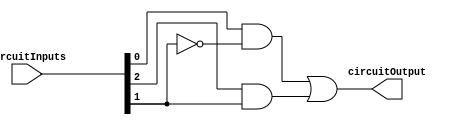
module CombinatorialCircuit2 (circuitOutput, circuitInputs);
  
  parameter M = 3;
  
  output reg circuitOutput;
  input [M - 1 : 0] circuitInputs;
  reg w0, w1, w2;
  
  always  @(circuitInputs or w0 or w1 or w2)  begin
    w0 <= ~ circuitInputs[1];
    w1 <= circuitInputs[0] && w0;
    w2 <= circuitInputs[2] && circuitInputs[1];
    circuitOutput <= w1 || w2;
  end
  
endmodule